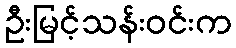
ဦးမြင့်သန်းဝင်းက